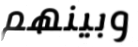
وبينهم